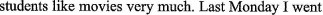
students like movies very much. Last Monday I went